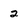
Character: 2